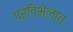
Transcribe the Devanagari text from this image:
प्रतिभेलाच